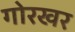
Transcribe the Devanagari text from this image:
गोरखर